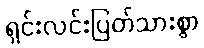
ရှင်းလင်းပြတ်သားစွာ